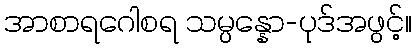
အာစာရဂေါစရ သမ္ပန္နော-ပုဒ်အဖွင့်။